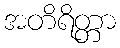
အတိရိတ္တာ